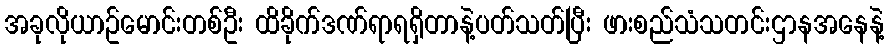
အခုလိုယာဥ်မောင်းတစ်ဦး ထိခိုက်ဒဏ်ရာရရှိတာနဲ့ပတ်သတ်ပြီး ဖားစည်သံသတင်းဌာနအနေနဲ့